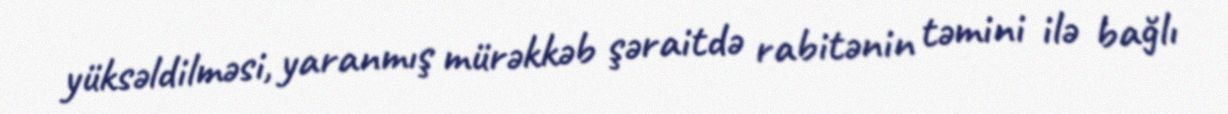
yüksəldilməsi, yaranmış mürəkkəb şəraitdə rabitənin təmini ilə bağlı